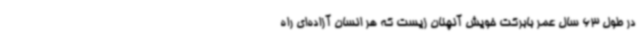
در طول 63 سال عمر بابرکت خویش آنچنان زیست که هر انسان آزاده‌ای راه